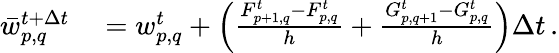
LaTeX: \begin{array}{rl}{\bar{w}_{p,q}^{t+\Delta t}}&{{}=w_{p,q}^{t}+\left(\frac{F_{p+1,q}^{t}-F_{p,q}^{t}}{h}+\frac{G_{p,q+1}^{t}-G_{p,q}^{t}}{h}\right)\Delta t\, .}\end{array}